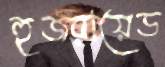
হুজরায়েড